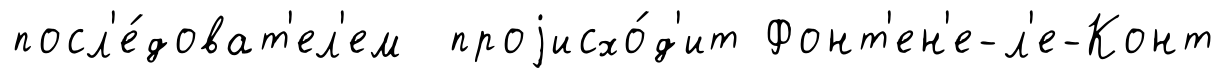
посл'е́доват'ел'ем проjисхо́д'ит Фонт'ен'е-л'е-Конт